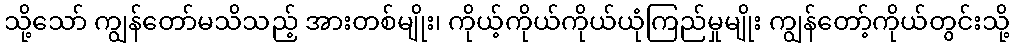
သို့သော် ကျွန်တော်မသိသည့် အားတစ်မျိုး၊ ကိုယ့်ကိုယ်ကိုယ်ယုံကြည်မှုမျိုး ကျွန်တော့်ကိုယ်တွင်းသို့